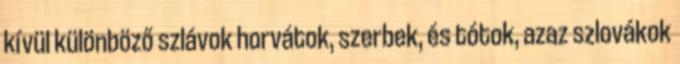
kívül különböző szlávok horvátok, szerbek, és tótok, azaz szlovákok